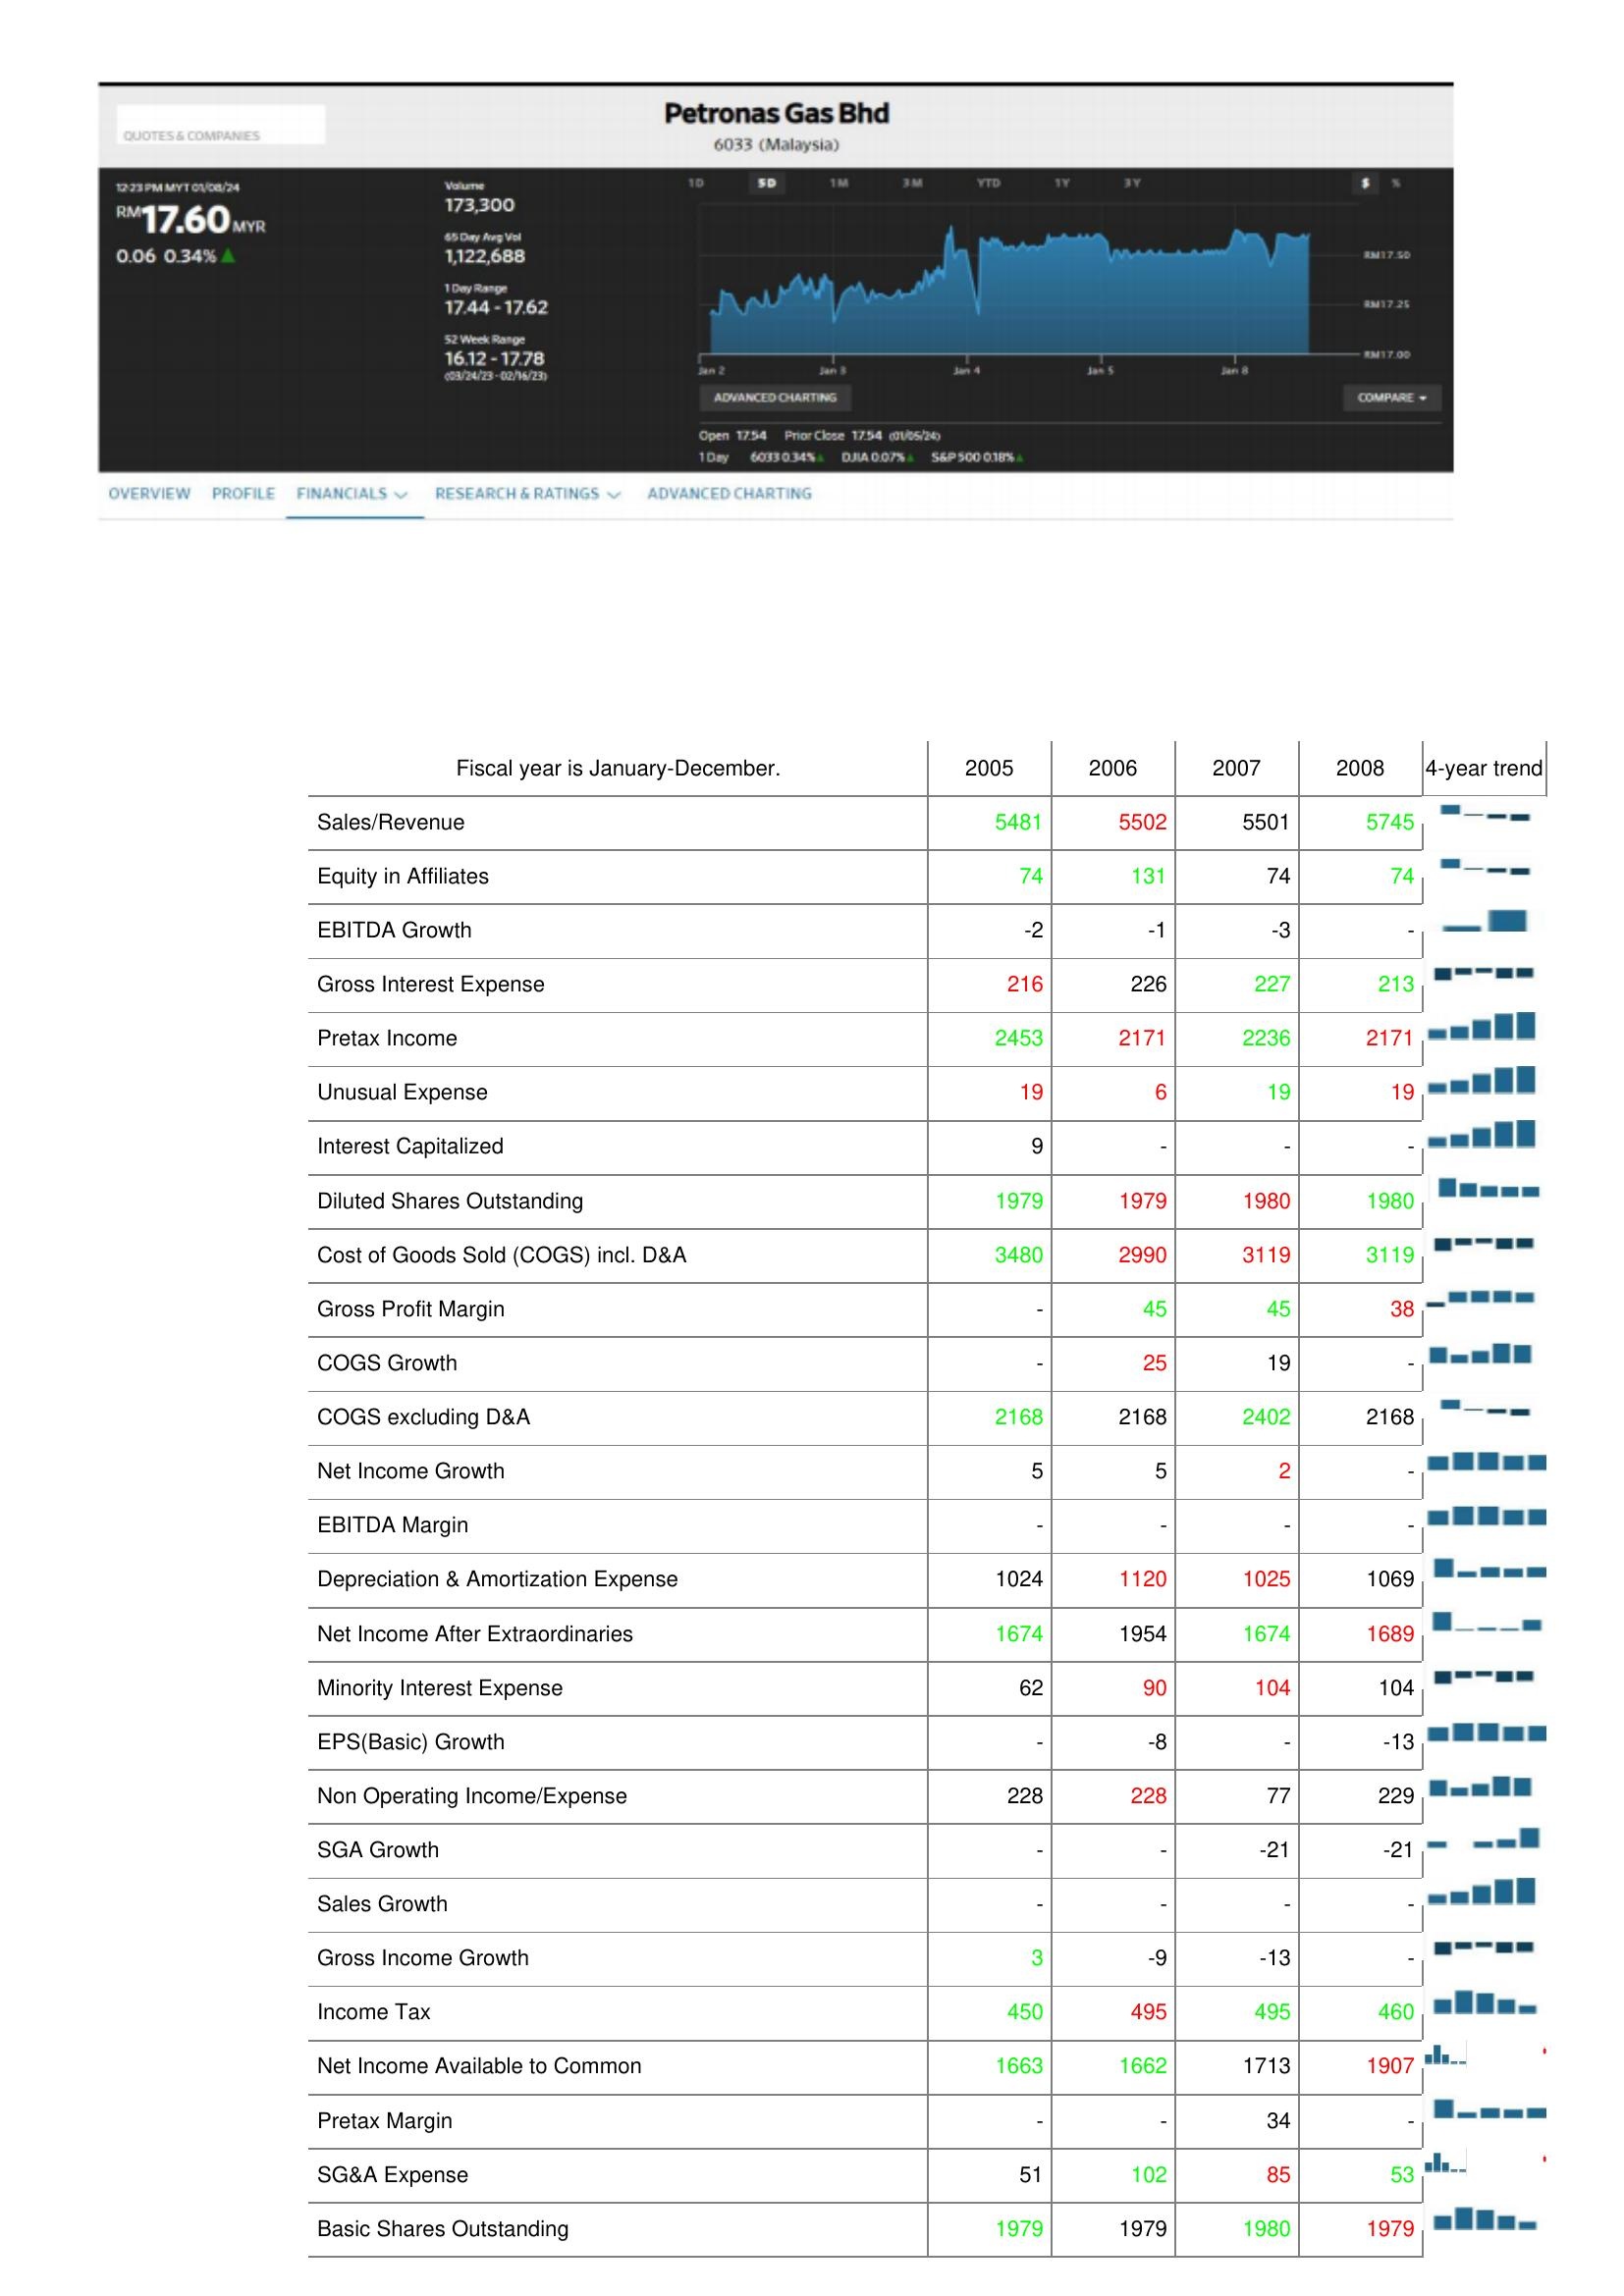
2005: : Sales/Revenue: 5481
Equity in Affiliates: 74
EBITDA Growth: -2
Gross Interest Expense: 216
Pretax Income: 2453
Unusual Expense: 19
Interest Capitalized: 9
Diluted Shares Outstanding: 1979
Cost of Goods Sold (COGS) incl. D&A: 3480
Gross Profit Margin: -
COGS Growth: -
COGS excluding D&A: 2168
Net Income Growth: 5
EBITDA Margin: -
Depreciation & Amortization Expense: 1024
Net Income After Extraordinaries: 1674
Minority Interest Expense: 62
EPS(Basic) Growth: -
Non Operating Income/Expense: 228
SGA Growth: -
Sales Growth: -
Gross Income Growth: 3
Income Tax: 450
Net Income Available to Common: 1663
Pretax Margin: -
SG&A Expense: 51
Basic Shares Outstanding: 1979
2006: : Sales/Revenue: 5502
Equity in Affiliates: 131
EBITDA Growth: -1
Gross Interest Expense: 226
Pretax Income: 2171
Unusual Expense: 6
Interest Capitalized: -
Diluted Shares Outstanding: 1979
Cost of Goods Sold (COGS) incl. D&A: 2990
Gross Profit Margin: 45
COGS Growth: 25
COGS excluding D&A: 2168
Net Income Growth: 5
EBITDA Margin: -
Depreciation & Amortization Expense: 1120
Net Income After Extraordinaries: 1954
Minority Interest Expense: 90
EPS(Basic) Growth: -8
Non Operating Income/Expense: 228
SGA Growth: -
Sales Growth: -
Gross Income Growth: -9
Income Tax: 495
Net Income Available to Common: 1662
Pretax Margin: -
SG&A Expense: 102
Basic Shares Outstanding: 1979
2007: : Sales/Revenue: 5501
Equity in Affiliates: 74
EBITDA Growth: -3
Gross Interest Expense: 227
Pretax Income: 2236
Unusual Expense: 19
Interest Capitalized: -
Diluted Shares Outstanding: 1980
Cost of Goods Sold (COGS) incl. D&A: 3119
Gross Profit Margin: 45
COGS Growth: 19
COGS excluding D&A: 2402
Net Income Growth: 2
EBITDA Margin: -
Depreciation & Amortization Expense: 1025
Net Income After Extraordinaries: 1674
Minority Interest Expense: 104
EPS(Basic) Growth: -
Non Operating Income/Expense: 77
SGA Growth: -21
Sales Growth: -
Gross Income Growth: -13
Income Tax: 495
Net Income Available to Common: 1713
Pretax Margin: 34
SG&A Expense: 85
Basic Shares Outstanding: 1980
2008: : Sales/Revenue: 5745
Equity in Affiliates: 74
EBITDA Growth: -
Gross Interest Expense: 213
Pretax Income: 2171
Unusual Expense: 19
Interest Capitalized: -
Diluted Shares Outstanding: 1980
Cost of Goods Sold (COGS) incl. D&A: 3119
Gross Profit Margin: 38
COGS Growth: -
COGS excluding D&A: 2168
Net Income Growth: -
EBITDA Margin: -
Depreciation & Amortization Expense: 1069
Net Income After Extraordinaries: 1689
Minority Interest Expense: 104
EPS(Basic) Growth: -13
Non Operating Income/Expense: 229
SGA Growth: -21
Sales Growth: -
Gross Income Growth: -
Income Tax: 460
Net Income Available to Common: 1907
Pretax Margin: -
SG&A Expense: 53
Basic Shares Outstanding: 1979